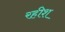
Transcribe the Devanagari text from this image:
रहीश